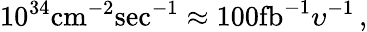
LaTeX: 10^{34}\mathrm{cm}^{-2}\mathrm{sec}^{-1}\approx 100\mathrm{fb}^{-1}\upsilon^{-1}\, ,